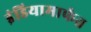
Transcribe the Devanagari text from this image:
इंडियामार्फत